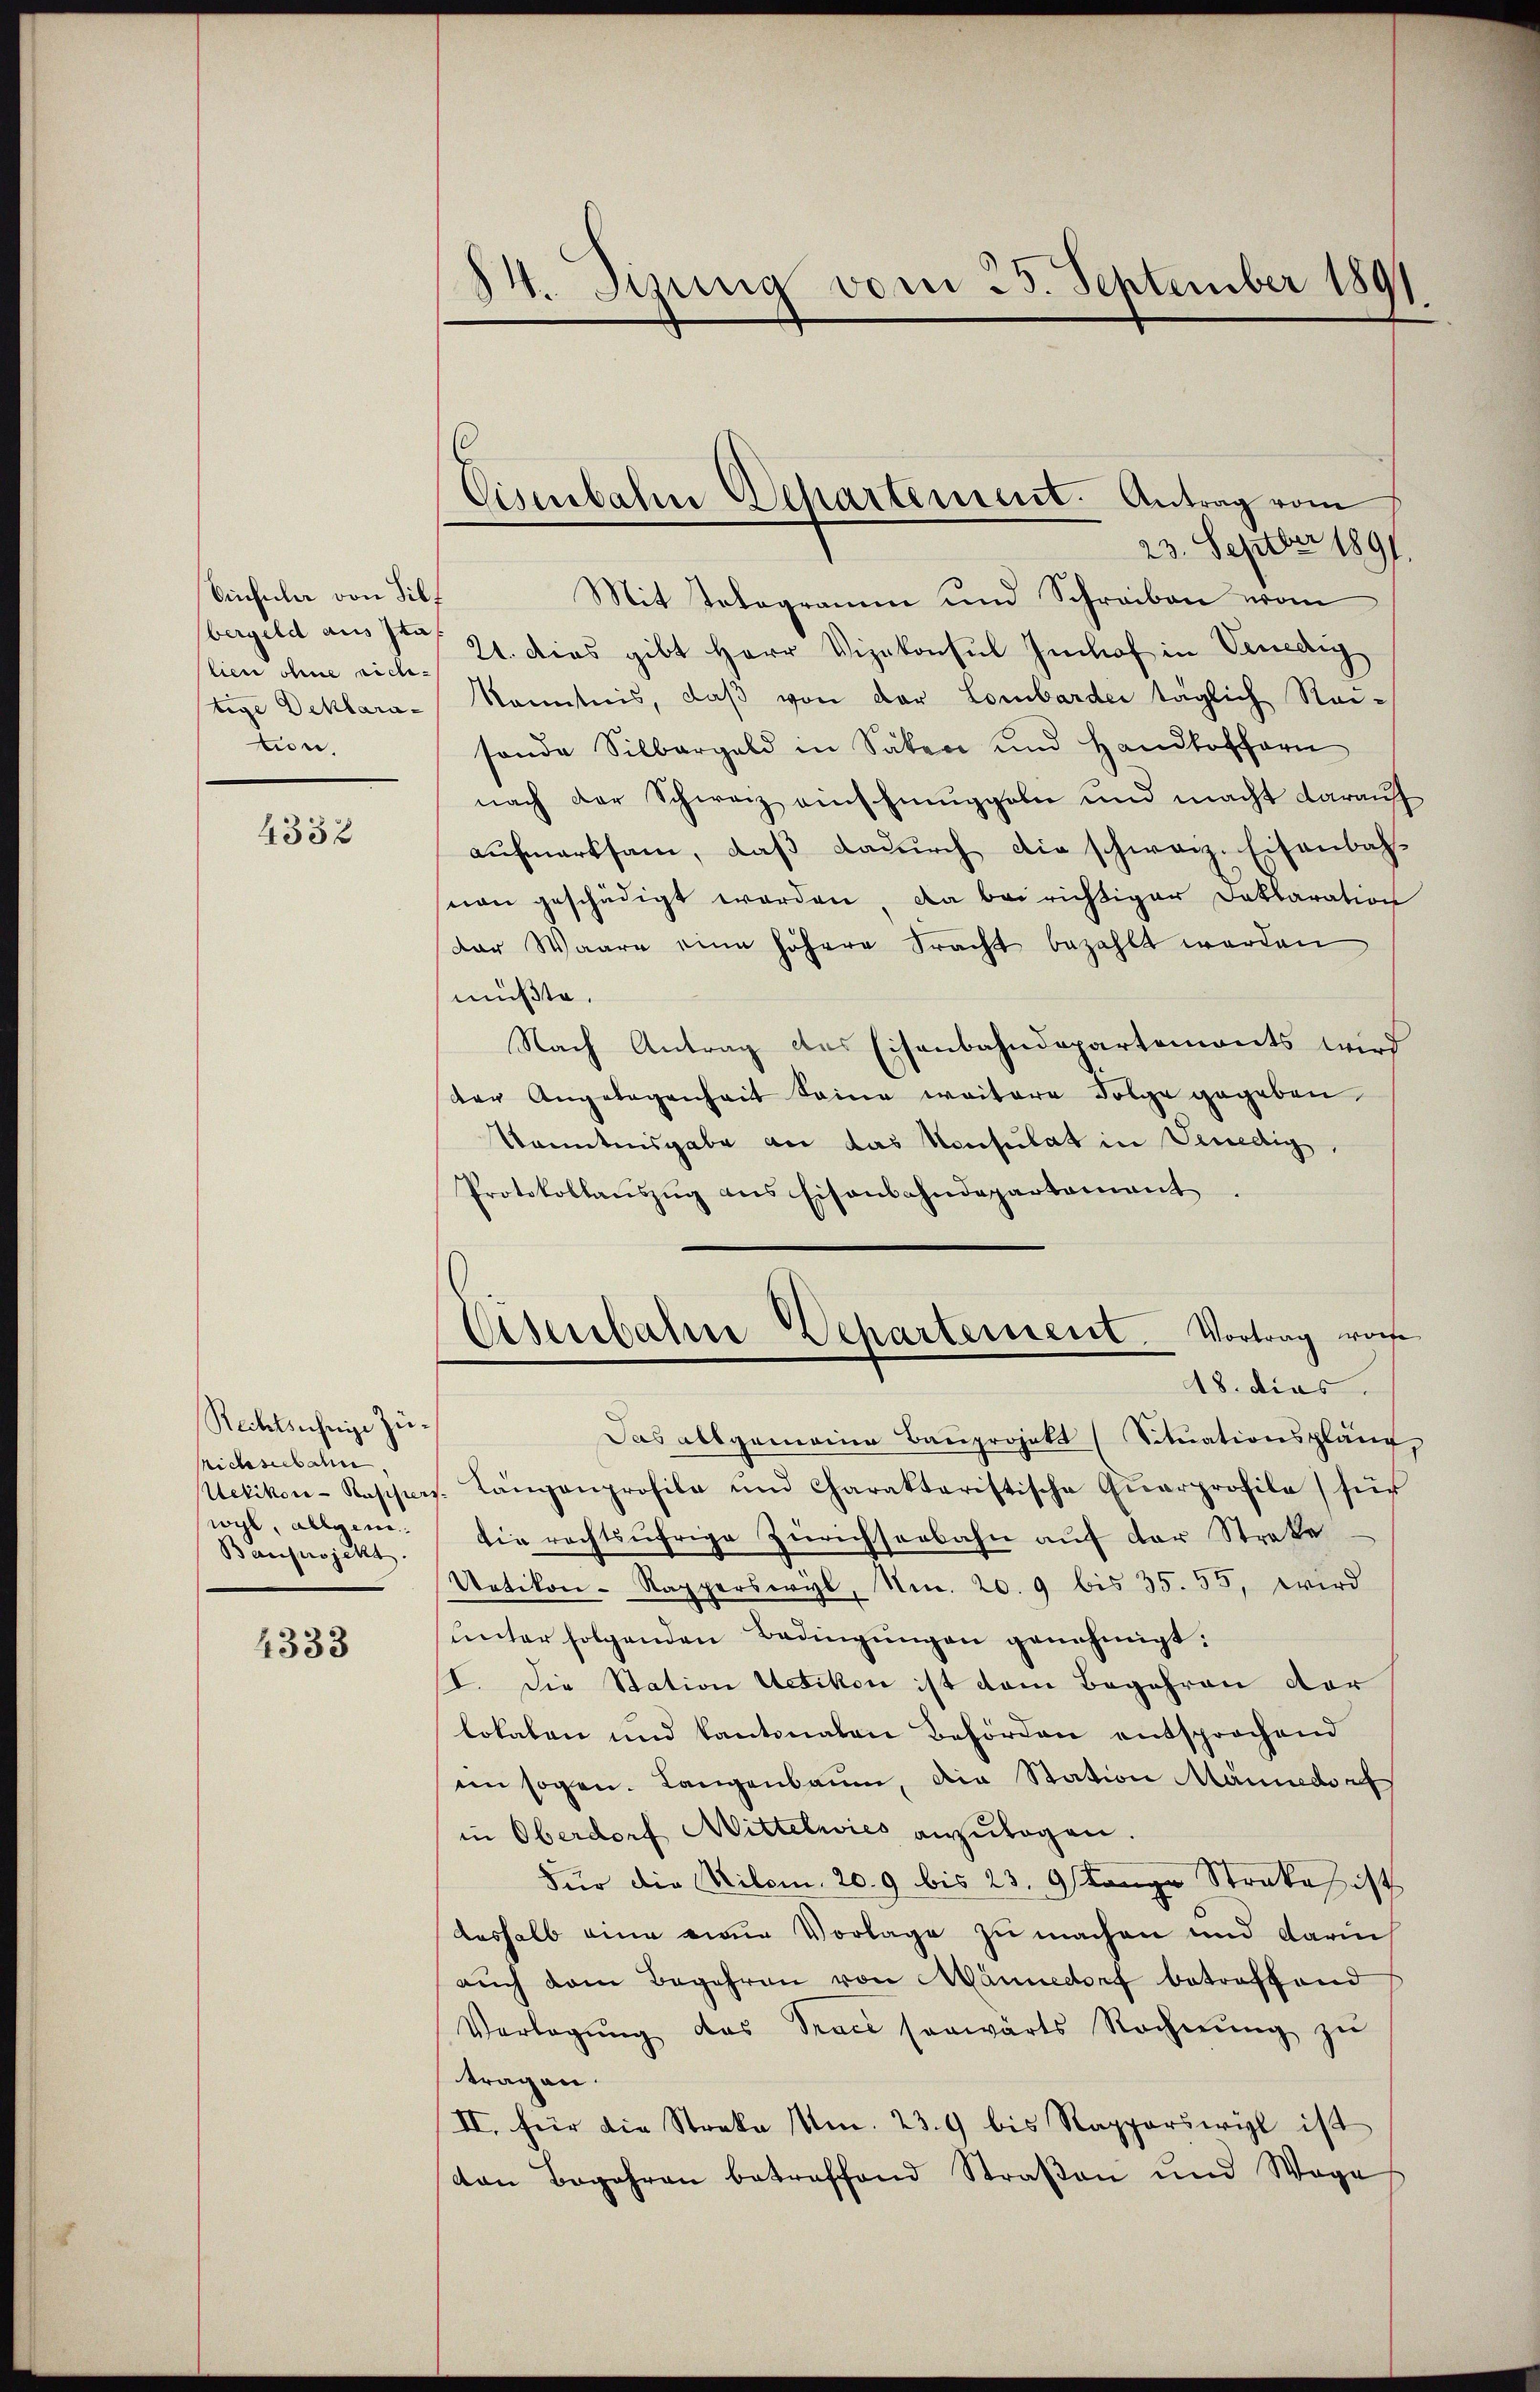
Sinfula von Hilf
bergeld aus Ita
lien ohne sich.
tige Deklaration.

4332

Rechtsschrige Züichseebahn.
Uetikon - Passiert.
wyl, allgeme
Bauprojekt

4333

14. Jizung vom 25. September 1891

Eisenbahn Departement. Antrag vom

23. Septber 1891
Mit Telegramm und Schreiben von
21. dies gibt Herr Vizekonsul Imhof in Venedig
Kenntnis, daβ von der Lombarder täglich Rei-
sonde Silbergeld in Saben und Handloffern
nach der Schwarz ainshmuppeln und macht darauf
aŭfmerksam, daβ dadŭrch die schwarz. Eisenbahuon geschädigt worden. Da bei richtiger Deklaration
der Waare eine höhere Fracht bezahlt werden
müßte.
Nach Antrag des Eisenbahndepartemonts wird
der Angelegenheit seine weitere Folge gegeben
kanntnisgabe an das Konsulat in Genedig,
Protokollaŭszŭg ans Eisenbahndepartament
Das allgemeine Bauprojekt (Situationspläne
Längenprofile und Charakteristische Qŭarprofila) für
die rechtsufrige Zürichseebahn auf der Streke
Uetikon-Rapperswyl, Nr. 20. 9 bis 35. 55, wird
unter folgenden Bedingungen genehmigt:
I. Die Station Uetikon ist dem Begehren der
lokalen und kantonalen Behörden entsprochend
in sogen. Langenbaum, die Station Männedorf
in Oberdorf Mittelwies anzulagen.
Für die Kilom. 209 bis 23. 9 stange Streke ist
deshalb eine eine Vorlage zu machen und darin
auch dem Begehren von Männedorf betreffend
Verlegŭng das Trace sorwärts Rechnŭng zŭ
tragen.
II. für die Streke Mn. 239 bis Rapperswil ist
ton Begehren betreffend Straßen und Wage

Eisenbahne Departement. Vortrag vor
18. dies